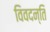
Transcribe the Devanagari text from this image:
विवदन्ति